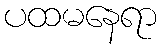
ပထမနေရာ